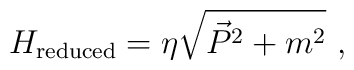
H_{\rm reduced}=\eta\sqrt{\vec{P}^2+m^2}\ ,